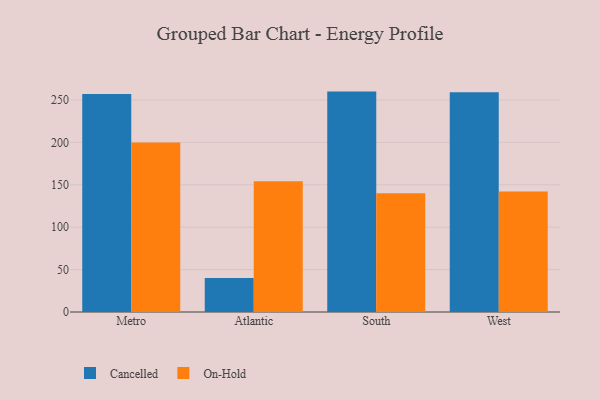
{"axis": {"x": "Region", "y": "Gross Profit (USD K)"}, "legend": ["Cancelled", "On-Hold"], "data": [{"x": "Metro", "y": 257.0, "type": "Cancelled"}, {"x": "Metro", "y": 199.8, "type": "On-Hold"}, {"x": "Atlantic", "y": 40.0, "type": "Cancelled"}, {"x": "Atlantic", "y": 154.0, "type": "On-Hold"}, {"x": "South", "y": 259.8, "type": "Cancelled"}, {"x": "South", "y": 139.9, "type": "On-Hold"}, {"x": "West", "y": 259.0, "type": "Cancelled"}, {"x": "West", "y": 142.1, "type": "On-Hold"}]}